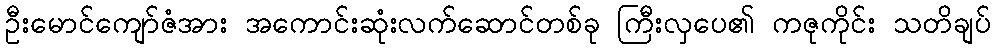
ဦးမောင်ကျော်ဇံအား အကောင်းဆုံးလက်ဆောင်တစ်ခု ကြီးလှပေ၏ ကဇုကိုင်း သတိချပ်